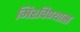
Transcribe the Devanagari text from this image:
मिरविण्यास